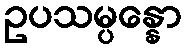
ဥပသမ္ပန္နော